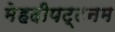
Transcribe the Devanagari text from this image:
मेहदीपट्टनम